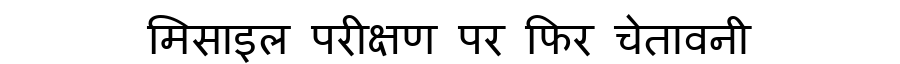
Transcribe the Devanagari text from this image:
मिसाइल परीक्षण पर फिर चेतावनी